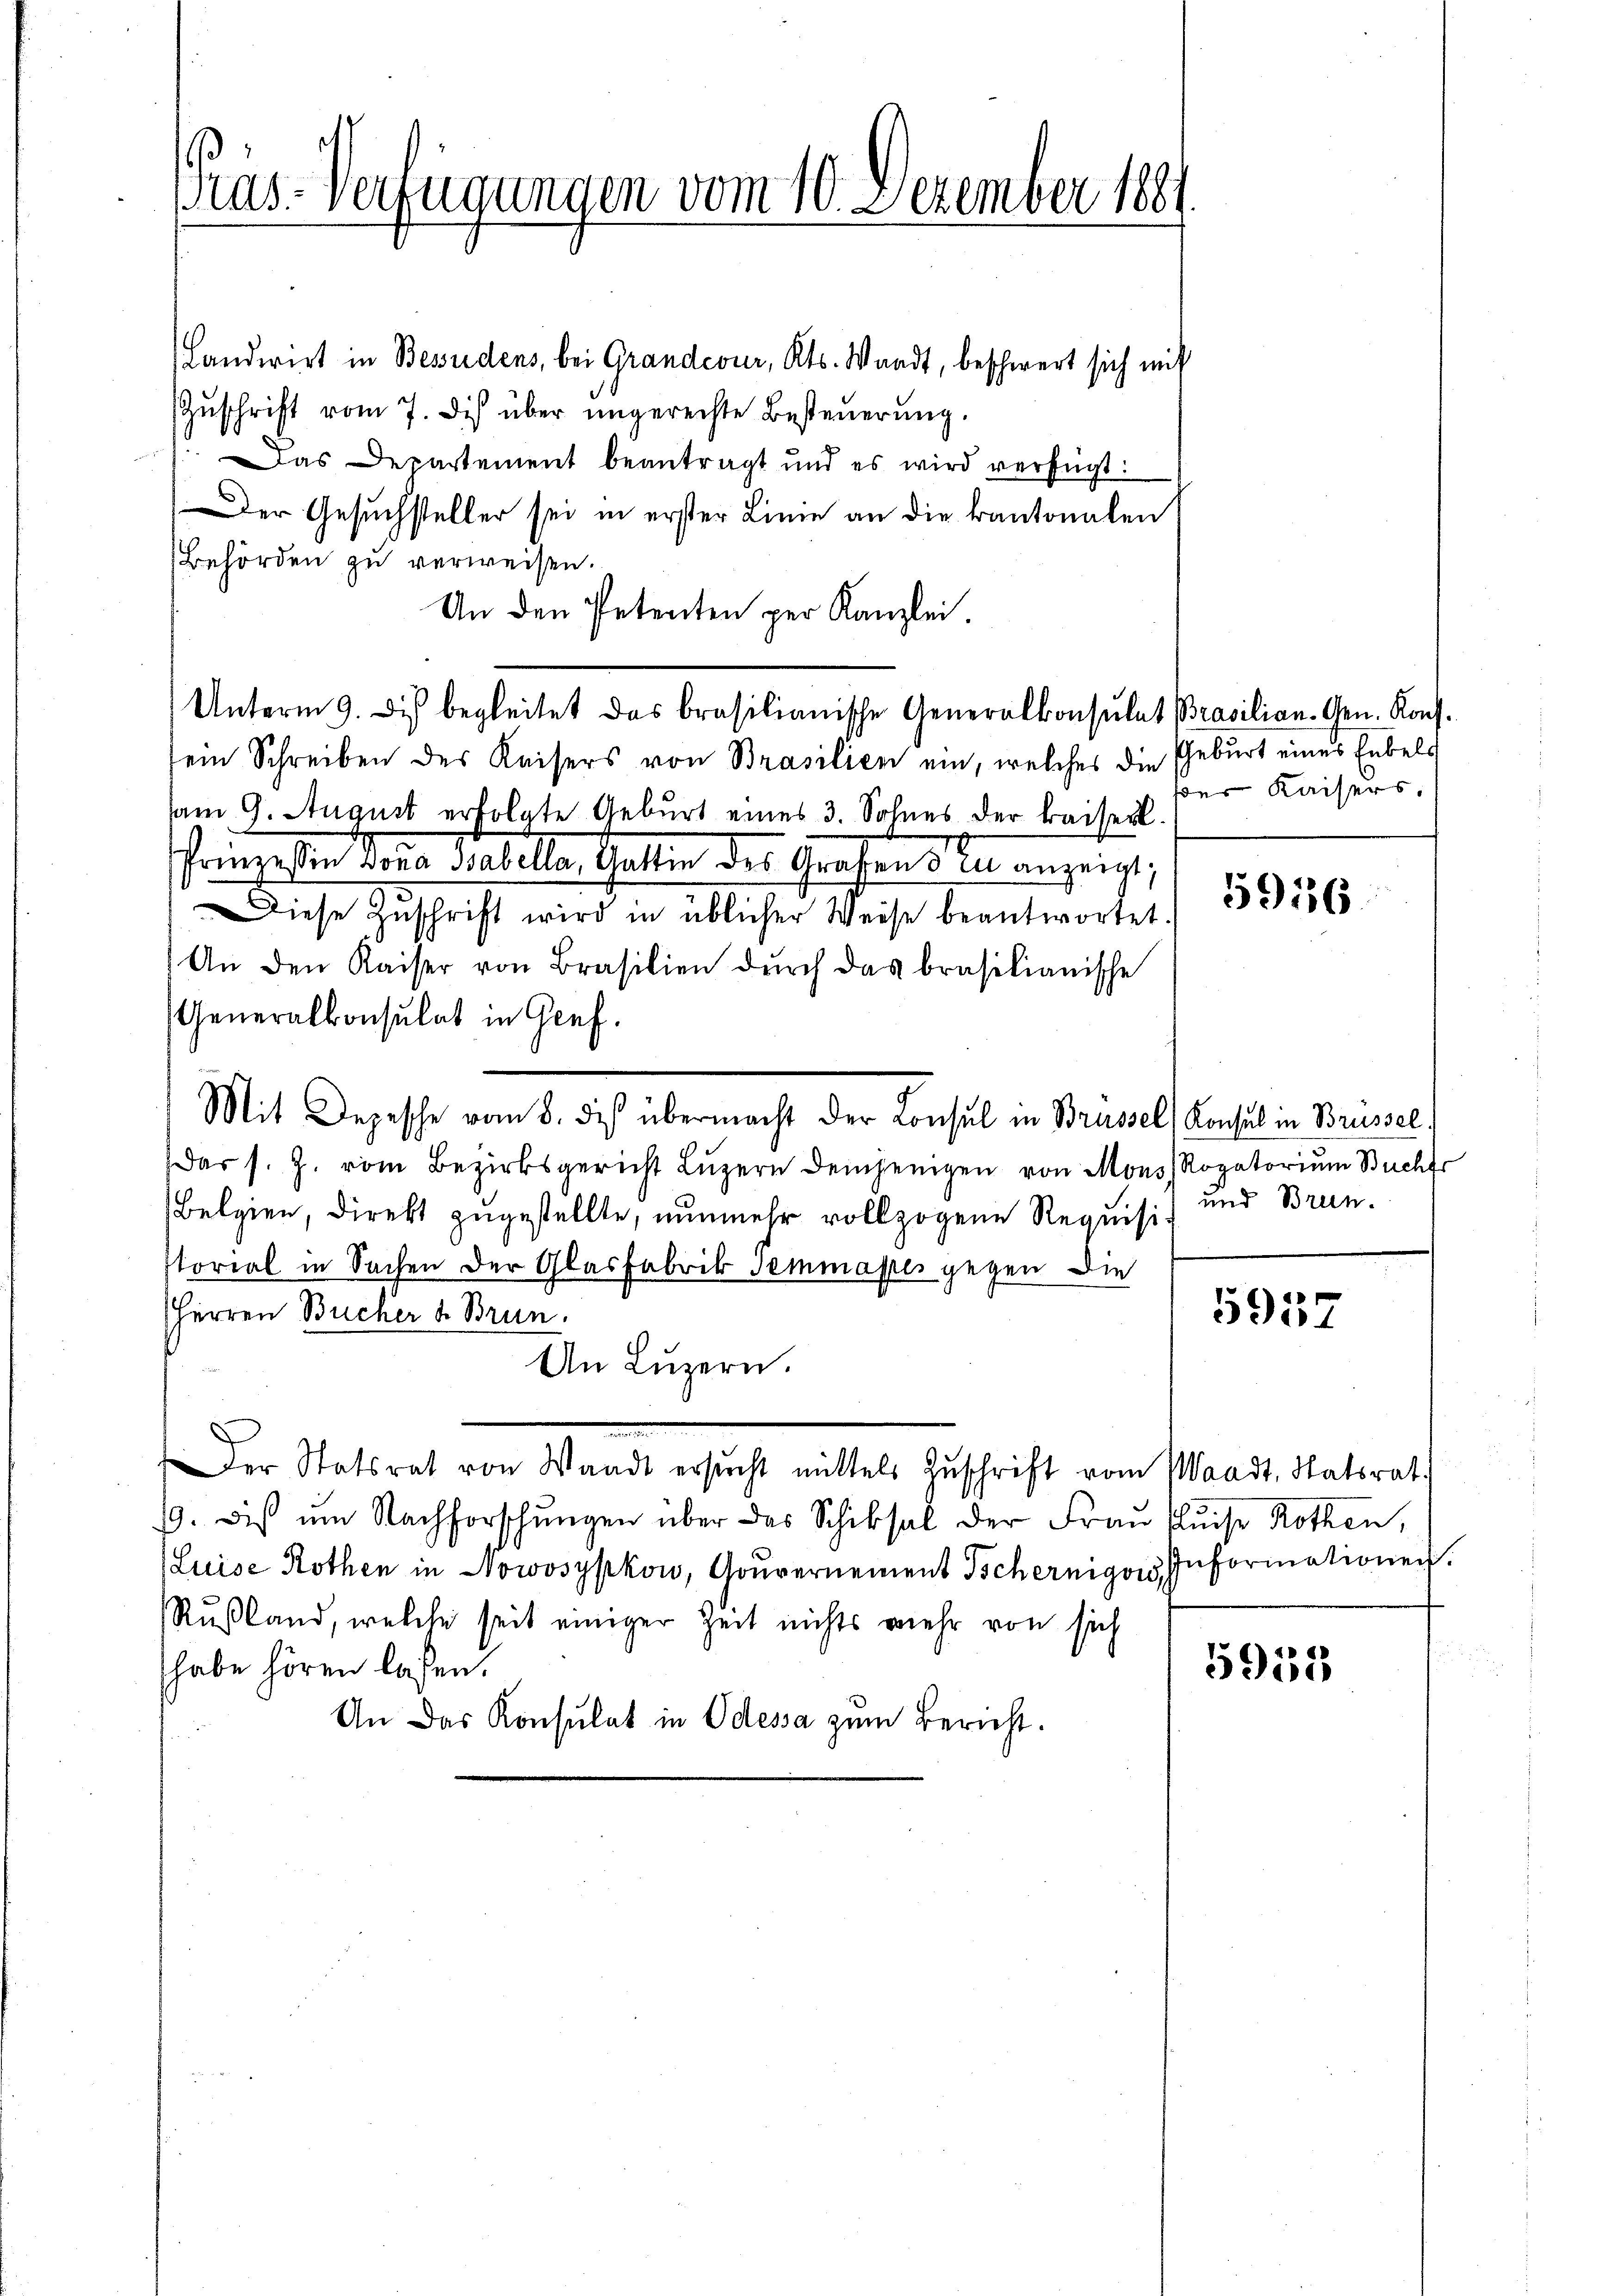
as-Verfügungen vom 10. Dezember 1881

Landwirt in Besidens, bei Grandcour, Kts. Waadt, beschwert sich mit
Zŭschrift vom 7. Des über ungerechte Besteŭerŭng.
Das Departement beantragt und es wird verfügt:
Der Gesuchsteller sei in erster Linie an die kantonalen
Behörden zu verweisen.
An den Petenten per Kanzlei.
Unterm 9. des begleitet das brasilianische Generalkonsulat Brasilian-Gen. Kons.
dem Schreiben des Kaisers von Brasilien ein, welches die Geburt eines Erbeld
Diese Zŭschrift wird in üblicher Weise beantwortet.
An den Kaiser von Brasilien dŭrch das brasilianische
Generalkonsulat in Genf.
Mit Depesche vom 8. des übermacht der Consul in Brüssel) Konsul in Brüssel.
(das s. Z. vom Bezirksgericht Lŭzern denjenigen von Mons Rogatoriŭm Buchfr
Belgien, direkt zugestellte, nunmehr vollzogene Requisistorial in Sachen der Glasfabrik Temmapes gegen die
Herren Bücher u. Brun
An Lŭzern.
Der Statsrat von Waadt ersŭcht mittels Zŭschrift vom Waadt, Statsrat
19. diβ ŭm Nachforschŭngen über das Schiksal der Frau Cluise Rothen,
(Luise Rothen in Nowosypkow, Gouvernement Tschernigons Informationen.
Rußland, welche seit einiger Zeit nichts mehr von sich
habe hören lassen.
An das Konsulat in Odessa zum Bericht.

am 9. August erfolgte Geburt eines 3. Sohnes der kaiserl.

Prinzessin Dona Babella, Gattin des Grafend zu anzeigt;

der Kaisers.

59186

und Brien.

a
5901

5955